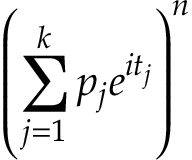
\left( \sum _ { j = 1 } ^ { k } p _ { j } e ^ { i t _ { j } } \right) ^ { n }